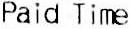
PAID TIME